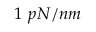
1 \, \, p N / n m